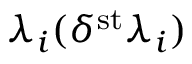
\lambda _ { i } ( \delta ^ { \mathrm { s t } } \lambda _ { i } )